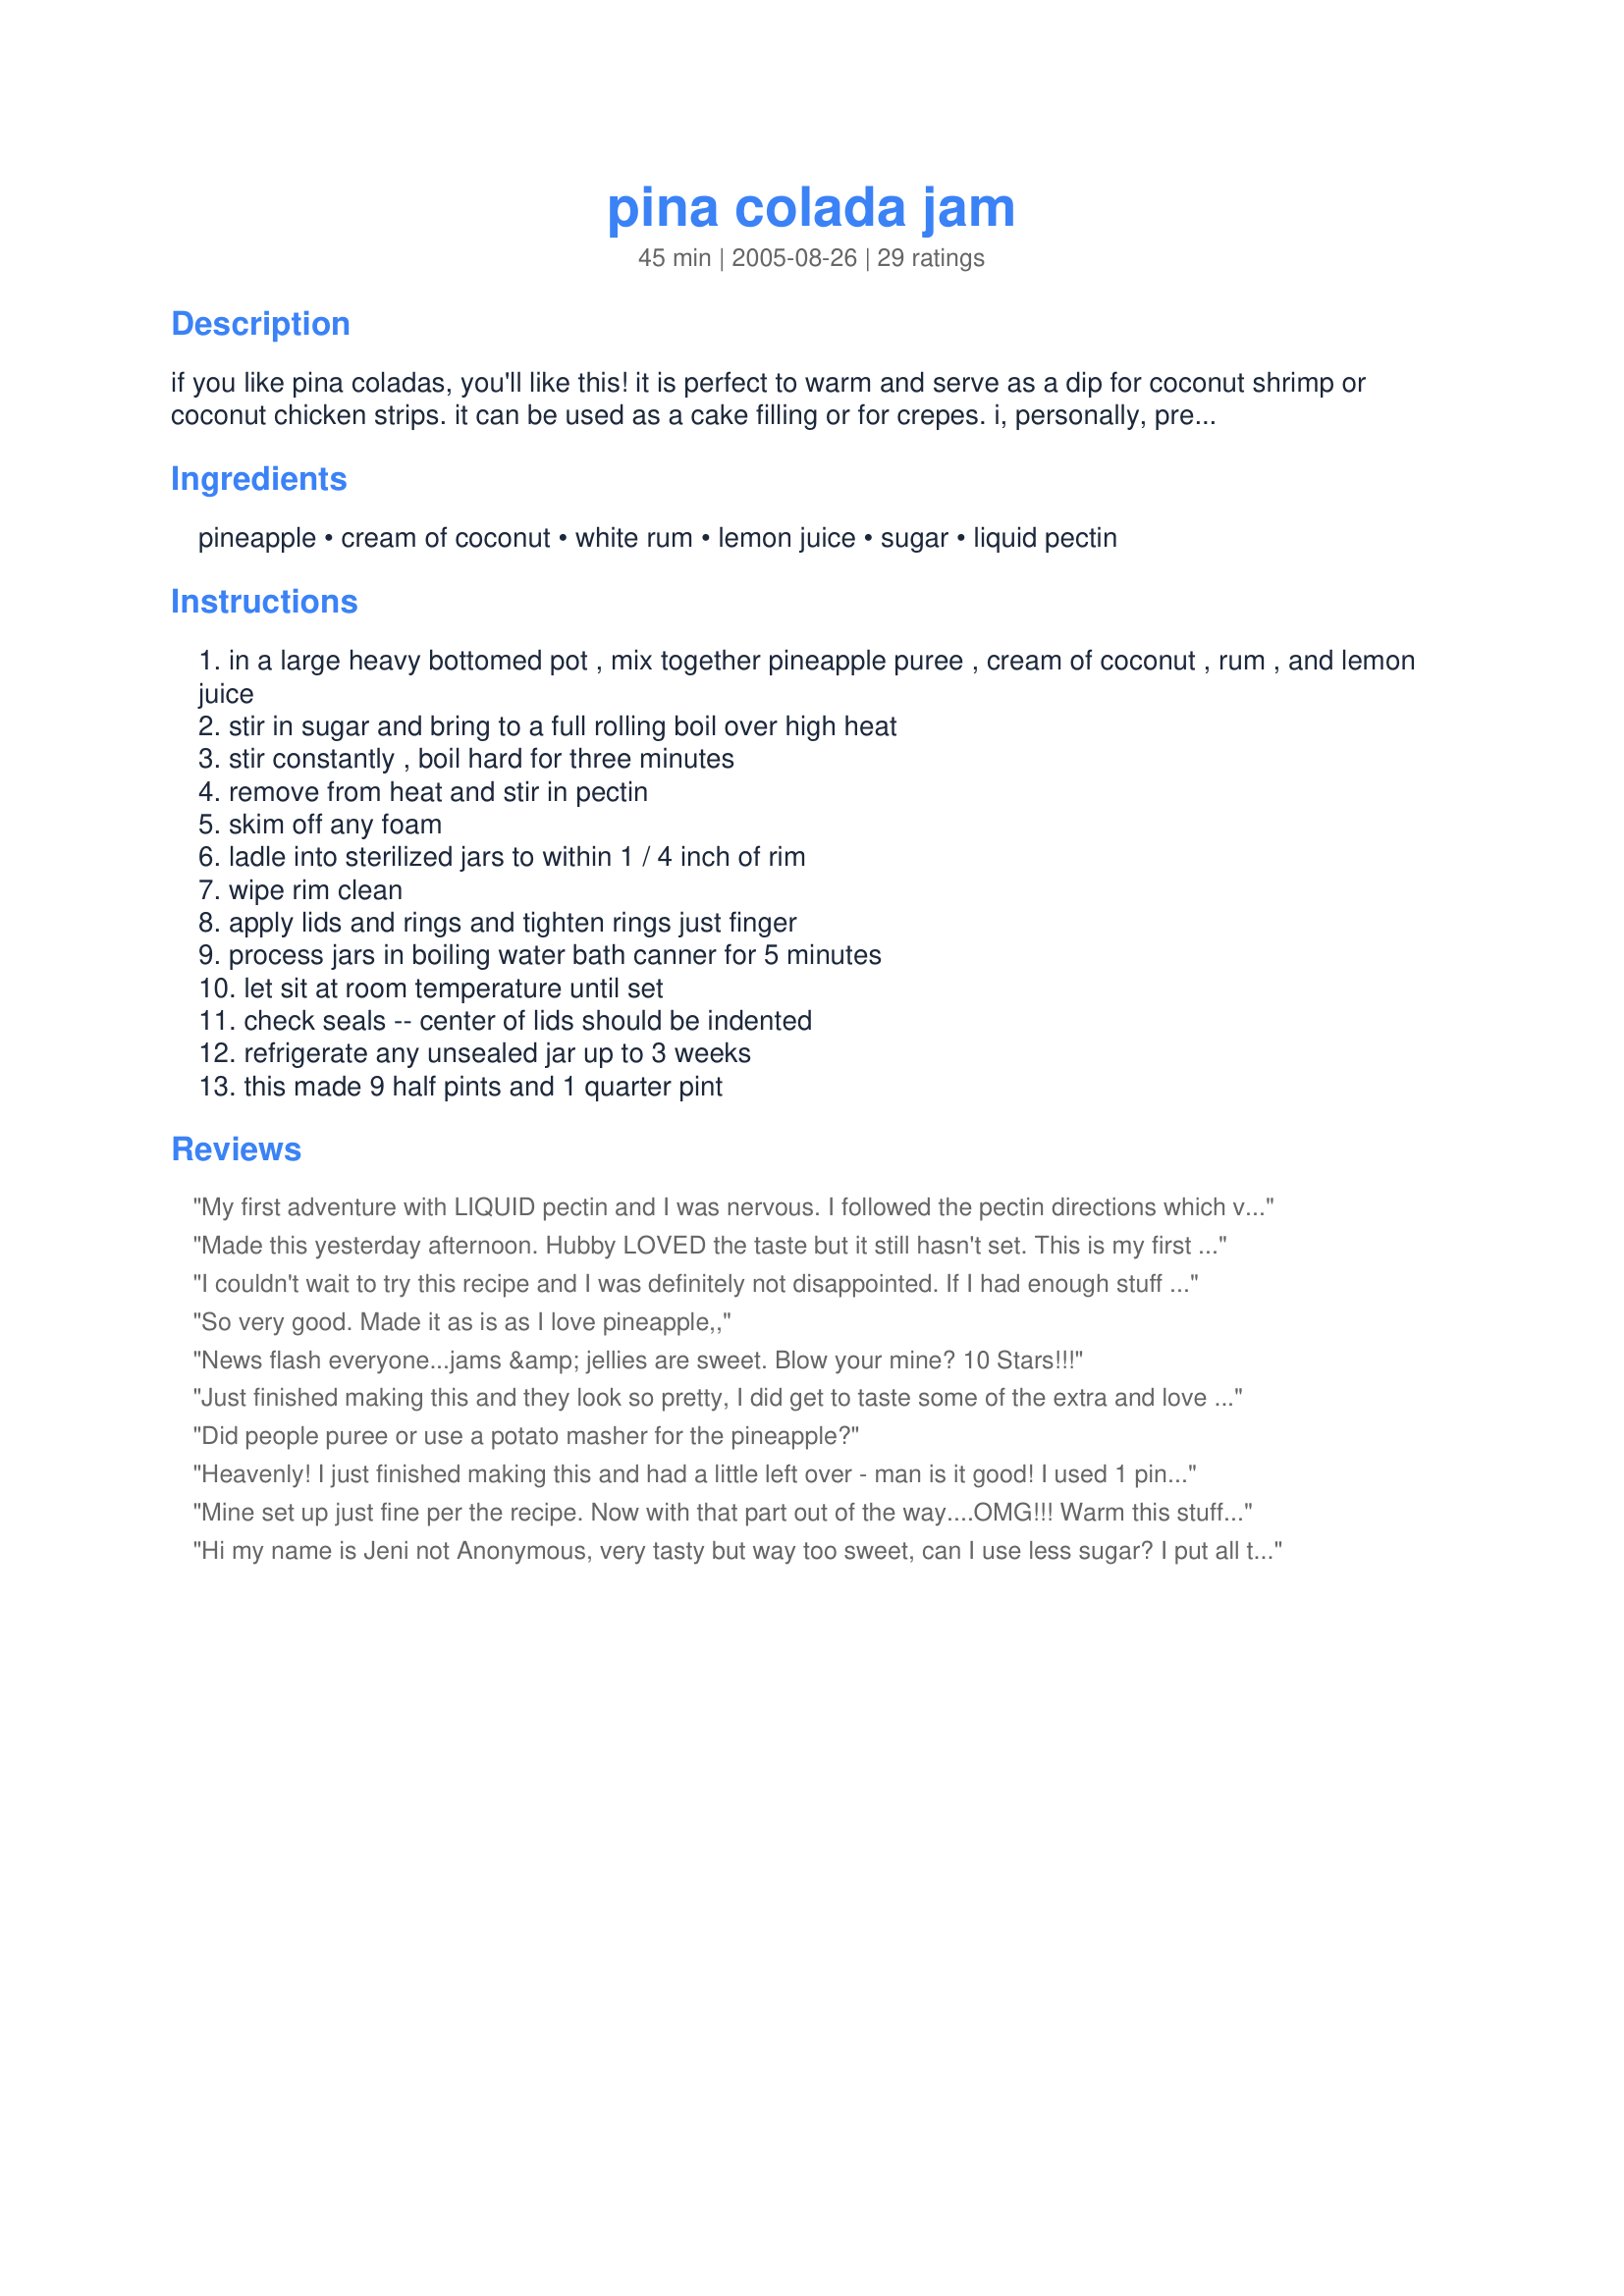
pina colada jam
Preparation time: 45 minutes

if you like pina coladas, you'll like this! it is perfect to warm and serve as a dip for coconut shrimp or coconut chicken strips. it can be used as a cake filling or for crepes. i, personally, prefer it right off the spoon. :) a friend sent this recipe to me knowing that i like "different" kinds of jams and jellies...and i like pina coladas also. cooking time does not include time for water to boil in canner. prep and cooking times are estimates.

Ingredients:
pineapple, cream of coconut, white rum, lemon juice, sugar, liquid pectin

Steps:
in a large heavy bottomed pot , mix together pineapple puree , cream of coconut , rum , and lemon juice
stir in sugar and bring to a full rolling boil over high heat
stir constantly , boil hard for three minutes
remove from heat and stir in pectin
skim off any foam
ladle into sterilized jars to within 1 / 4 inch of rim
wipe rim clean
apply lids and rings and tighten rings just finger
process jars in boiling water bath canner for 5 minutes
let sit at room temperature until set
check seals -- center of lids should be indented
refrigerate any unsealed jar up to 3 weeks
this made 9 half pints and 1 quarter pint

Reviews:
My first adventure with LIQUID pectin and I was nervous. I followed the pectin directions which varied slightly from the ones given here (different brands may have different directions - best to run with it as pectin is finicky) My jars set up perfectly after a few days! I used a pineapple and coconut rum made by Cabana Bay that I found for cheap.And goya coconut cream (so yummy!) The jam is indeed a little sweet for me, and not all that much coconut flavor came through. If I were to make it again I think I'd use CopperCloud's idea of adding some shredded coconut to the mix. I probably wouldn't so much "puree" the mix either, I'd leave some more chunks and pieces. That's just me though! Over all good recipe and worth trying!
Made this yesterday afternoon. Hubby LOVED the taste but it still hasn't set. This is my first time using liquid pectin and I am a little concerned. How long should the jam take to set up? If it doesn't set, it would still make a fabulous ice cream topping.
I couldn't wait to try this recipe and I was definitely not disappointed. If I had enough stuff on hand I would've made another batch. It's soooooooo yummy!! (I think this may have posted w/o my comments. Oops.)
So very good. Made it as is as I love pineapple,,
News flash everyone...jams &amp; jellies are sweet. Blow your mine? 10 Stars!!!
Just finished making this and they look so pretty, I did get to taste some of the extra and love the flavor, looks like mine is separating in the jars though so I' really hope it sets up OK. I followed another reviewers suggestion and added shredded coconut and love the little white specks floating in the jelly. I followed the directions as listed and am keeping my fingers crossed that it sets up well because it sure does taste good.
Did people puree or use a potato masher for the pineapple?
Heavenly! I just finished making this and had a little left over - man is it good! I used 1 pineapple and it was really easy to make. Can't wait to try it with cream cheese on a cracker!
Mine set up just fine per the recipe. Now with that part out of the way....OMG!!! Warm this stuff up and spoon over some vanilla ice cream, whipped cream and cherry on top! Out of this world. I can&#039;t wait to make a coconut cake and pour this over the warm layers then frost them.
Hi my name is Jeni not Anonymous, very tasty but way too sweet, can I use less sugar? I put all the ingredients into a large breadmaker on the jam cycle. I had to add another 1/2 pack pectin and cook 10 mins longer. Yes I too used Malibu :)
This is very good and different. It took me forever to find cream of coconut. I bought a coconut thinking I might have to make my own, until I found it after the 4th store. So now I had a coconut I had to use up, so I cracked it open and put 1 cup of grated coconut in the recipe as well. I used coconut rum too. So the batch I made has slivers of white/clear coconut floating in it which is nice texture. This is a nice change for our Xmas basket this year. Thank you for the recipe.
Way more that 5 stars. I entered this in our county fair and it is a first place winner. Pour it warm over icecream, baste chicken on the grill, serve over cream cheese with crackers or just BPJ sandwiches.

A super recipe. I did adapt it slightly as I felt a little nervous using liquid pectin. 2 giant pineapple = 1kg approx 5tbs coconut rum Juice of 2 lemons 250ml coconut cream 650g Jam sugar I bought the coconut cream from a health food shop in a 200g block. I mixed 100g in warm water as instructions on packet. Bring pureed fruit and liquids up to slow simmer. Add sugar a little at a time until fully dissolved. Once sugar is dissolved bring up to a rolling boil. Setting point should take no longer than 10 to 20 mins to reach. I use the plate in the freezer Boiling the lemon pips in a muslin bag or clean tights in the pan will increase pectin. Thankyou for a wonderful recipe. I will be making this again.
I made two batches (in different pots) at the same time. One with Malibu Coconut Rum and the other with White Rum and Shredded Coconut. They were cooked for exactly the same amount of time, had the same ingredients, etc.

Comparisions:

The Malibu Coconut Rum Jam reached the hard boil point faster than the White Rum with Shredded Coconut.

The Malibu Coconut Rum Jam did not have any foam to remove. The White Rum with Shredded Coconut had a small amount I had to skim off the top.

The Malibu Coconut Rum Jam has already set hard after four days. The White Rum with Shredded Coconut is still getting there. After four days, its like a thin sludge. I am hoping that it sets harder as I give it its two/three weeks. If not, expect to use it more as an ice cream topping than something you can spread on bread.

I did have a little left over from the Malibu Coconut Rum Jam and did a taste test after being in the frig for 12 hours. I am now addicted. The stuff is delicious. Not too much pineapple, not too much coconut. It spread beautifully on a bagel and tasted so fresh. Very delicious. I am def going to be making this one again. I am just going to go with the Malibu Coconut Rum from now on.

Hope this small review helps some others out there! Share your results too please! The reviews here are what made me try this in the first place, lol.
This is an awesome jam. I made this way before Christmas and used in Thumbprint cookies for gift platters... oh my were they good. KDP, I'm sorry that it took me so long to review it. Thank you for the great recipe... due to make more soon.
I was very fortunate to receive a jar of this in the mail from KDP. I loved it!! I agree with her I could eat it by the spoonful! It is very good on biscuits!! I cant wait to use it between cake layers of a coconut cake and as a dipping sauce. Guess I need to get busy and make my own supply of it!! Thank you KPD for sending me my own personal jar!! Love ya!!
I made 5 batches of this last fall. First batch with white rum but wanted more coconut flavour so used coconut rum and loved it.
Yum. Yum. Yum. This was such a fantastic recipe. I actually had coconut rum on hand versus plain white rum so I used that instead. Not much change but probably heightened the coconut flavor. I can't wait to try this now that it is set. I now it will be scrumptuous as my son and I scooped a sample before we put to jars. Wow!
Wonderful jam! I cut the recipe in half since I only had one pineapple but used the recommended amount of pectin, it worked very well and gelled nicely. I also used lime and lime zest instead of lemon, can't wait to open the first jar! Thanks for posting!
Another one I just realized I have never reviewed. This jam tastes delicious. Mine didn't set up properly but I didn't even care. It makes a wonderful ice cream topping this way hehe. If anyone else makes it and it doesn't set, be ready; it separates. It is still perfectly fine, you just have to stir it all back together when you open the jar. If you love Pina Coladas, try this one!
Wowser! This is an absolutely awesome recipe. Smells like heaven, tastes even better. Time is good, I was done in just over an hour. I recommend making this in large quantities! This just in - try it spread very thinly in a ham and provolone grilled cheese - taste explosion!
Yummy yum yummy!!!!! It took one medium sized pineapple to get 3 1/2 cups of puree. I also used Coco Lopez (I found in the drink mixer section at the store). I put in the rum b/c I had it. It set up beautifully. I got 9 half-pints and a little bit left in a bowl(not enough for another jar).
My son and I made this jam,it was our first time making jelly/jam and only our secound time canning anything we followed the recipe ,except we did add coconut that we chopped up finer and it was GREAT! It jelled very well.We made this about 2 wks, ago gave away one jar and we have one left we got more pineapples yesterday so we will be making it again and maybe we can keep some for winter LOLThis is also my first review ever so we are going to try a few changes when we make this again and I will come back and let you all know what we changed and how it turned out I have a problem with the coconut cream that is left over I want it in there!
This is excellent! Quite tasty and a nice change from the usual flavors. Very easy to make, too. I'm looking forward to making some "jam thumbprint" cookies with this!
Yes I like Pina Colodas, and getting caught in the rain...Okay sorry could not resist! I have been singing that song since I made this jam yesterday! This tastes amazing and so easy to make! It sets up beautifully, I had to crack a jar this morning cause all my jars sealed since I could not wait to taste it! I was not disapointed! Also I found after using the 1c of coconut cream I had 3/4c of coconut cream leftover. Not enough to make more jam but just the right amount to make coconut-margaritas-373409. Just putting that out there for people! Thanks Kdp!
This jam is so excellent. I had some Coco Lopez in the fridge, so when I saw this recipe I thought, "Oh that sounds good and I have most of the ingredients." Well, I am so happy with this! I like that it is different, and it really does taste exactly like a Pina Colada. I will make it again soon so I can give it as gifts and have enough for myself.
MY OH MY - This is wonderful stuff! I had Malibu Coconut Rum so I used that instead of plain white rum just because I could. I can't say whether or not it set up because I just finished making it so it's still warm in the jars, but I had a little bit left over so I'm eating it by the spoonful - YUMMY! I got 8 half pint jars and will probably go buy another pineapple so I can make some more. I really don't care if it doesn't set up because it would be wonderful over ice cream or drizzled over cheesecake or just about anything you can think of even an old shoe sole - LOL!
This is a great recipe! I used lime juice instead of lemon juice and also added a little lime zest. Think I'll try the coconut run the next time. It set up just fine.
I made this the other day...Had high hopes but...Way, Way too sweet...too expensive to make again...Really disappointed.....
